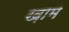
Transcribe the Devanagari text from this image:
ख़़ाम